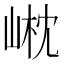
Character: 𡹟